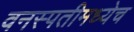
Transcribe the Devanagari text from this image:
वनस्पतीमध्येच